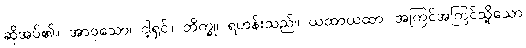
ဆိုအပ်၏။ အာဝုသော၊ ငါ့ရှင်။ ဘိက္ခု၊ ရဟန်းသည်။ ယထာယထာ၊ အကြင်အကြင်သို့သော